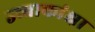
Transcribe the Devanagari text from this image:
उच्चाकांक्षा